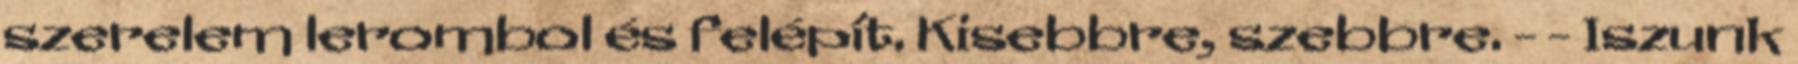
szerelem lerombol és felépít. Kisebbre, szebbre. - - Iszunk